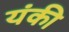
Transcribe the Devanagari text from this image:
यंकी